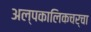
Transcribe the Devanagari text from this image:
अल्पकालिकचर्चा